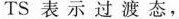
TS表示过渡态，